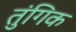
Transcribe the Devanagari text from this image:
तुंगिक